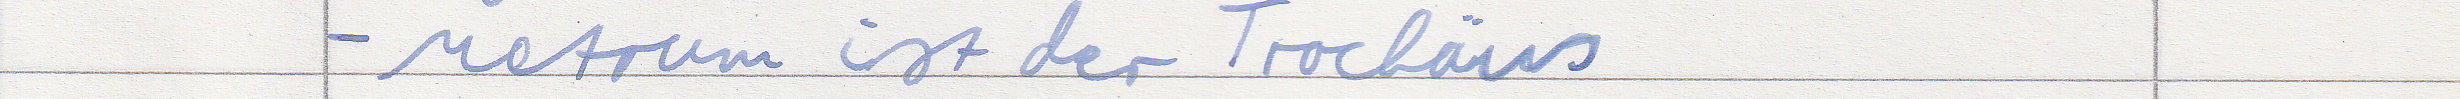
- Metrum ist der Trochäus